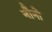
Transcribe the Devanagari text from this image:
नौनो